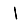
Digit: 1